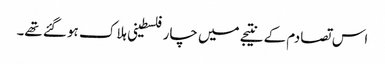
اس تصادم کے نتیجے میں چار فلسطینی ہلاک ہو گئے تھے۔